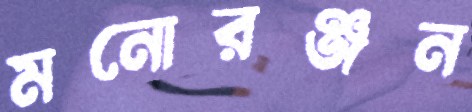
মনোরঞ্জন